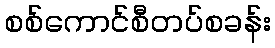
စစ်ကောင်စီတပ်စခန်း